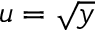
u = \sqrt { y }